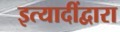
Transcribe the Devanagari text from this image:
इत्यादींद्वारा